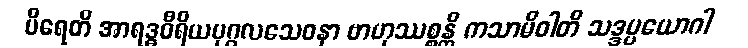
ပိရေတိ အာရဒ္ဓဝီရိယပုဂ္ဂလသေဝနာ ဗာဟုဿစ္စန္တိ ကသာမိဝါတိ သဒ္ဒပ္ပယောဂါ